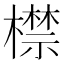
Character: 㯲